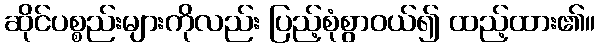
ဆိုင်ပစ္စည်းများကိုလည်း ပြည့်စုံစွာဝယ်၍ ထည့်ထား၏။